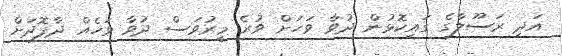
އަދި ރަސޫލާގެ ގައިކޮޅުން ދުވާ ވަހަށް ވުރެ މީރުވަސް ދުވާ ވަހެއް ދާފޮދަށް